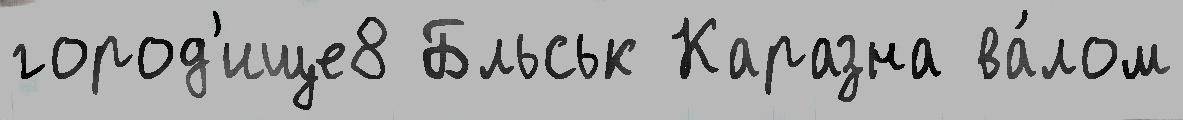
город'ище8 Бльськ Каразна ва́лом